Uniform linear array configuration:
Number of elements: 16
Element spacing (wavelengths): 0.75
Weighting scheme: exponential
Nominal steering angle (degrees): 45
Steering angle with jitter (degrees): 43.241
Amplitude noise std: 0.05
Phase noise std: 0.05

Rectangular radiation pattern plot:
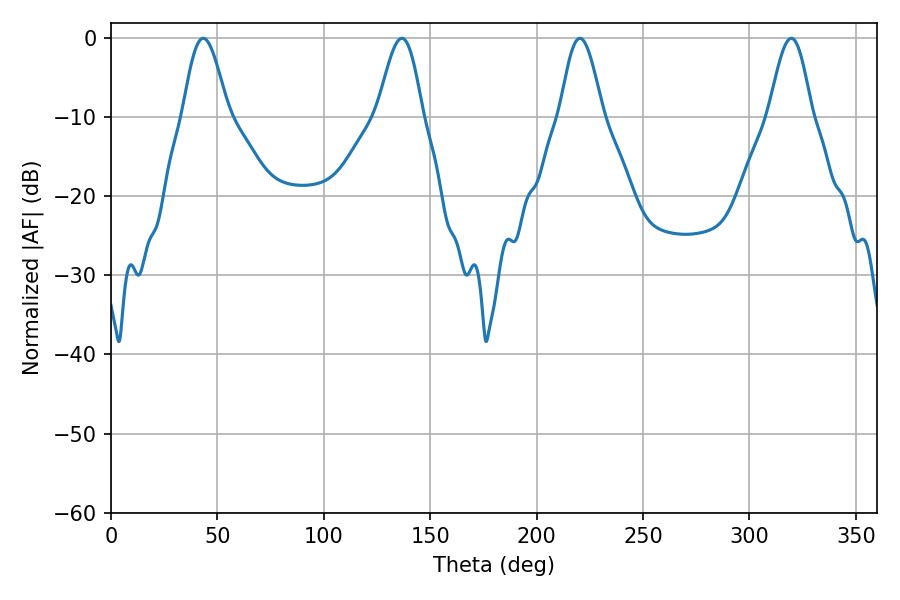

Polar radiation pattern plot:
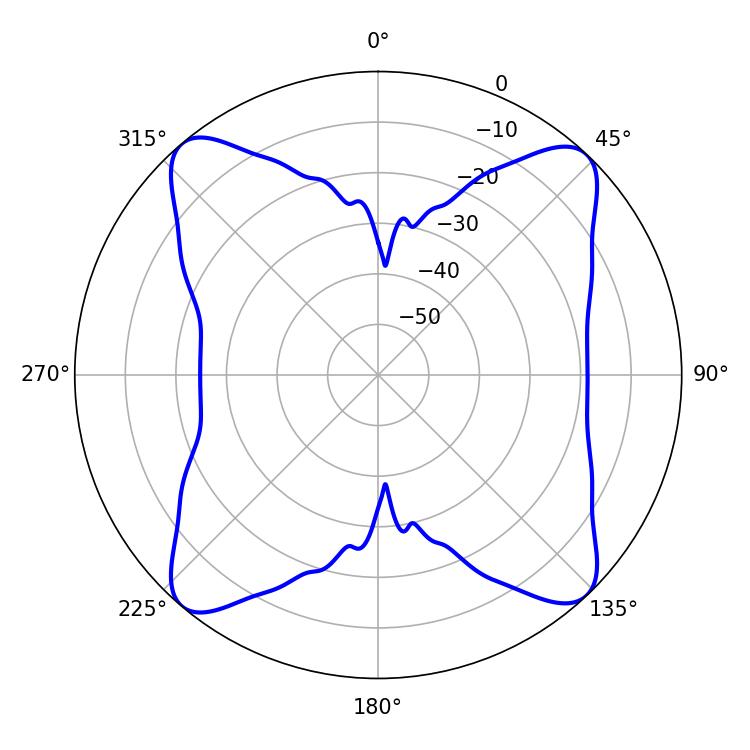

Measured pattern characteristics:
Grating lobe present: TRUE
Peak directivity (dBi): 16.241
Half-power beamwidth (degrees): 10.8
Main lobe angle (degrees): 220.32